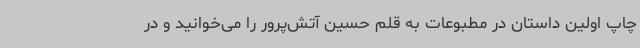
چاپ اولین داستان در مطبوعات به قلم حسین آتش‌پرور را می‌خوانید و در